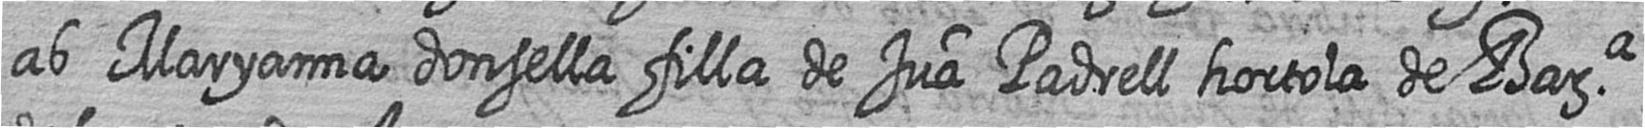
ab Maryanna donsella filla de Jua Padrell hortola de Bara